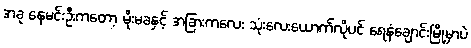
အခု နေမင်းဦးကတော့ မိုးမခနှင့် အခြားကလေး သုံးလေးယောက်လိုပင် ရေနံချောင်းမြို့မှာပဲ